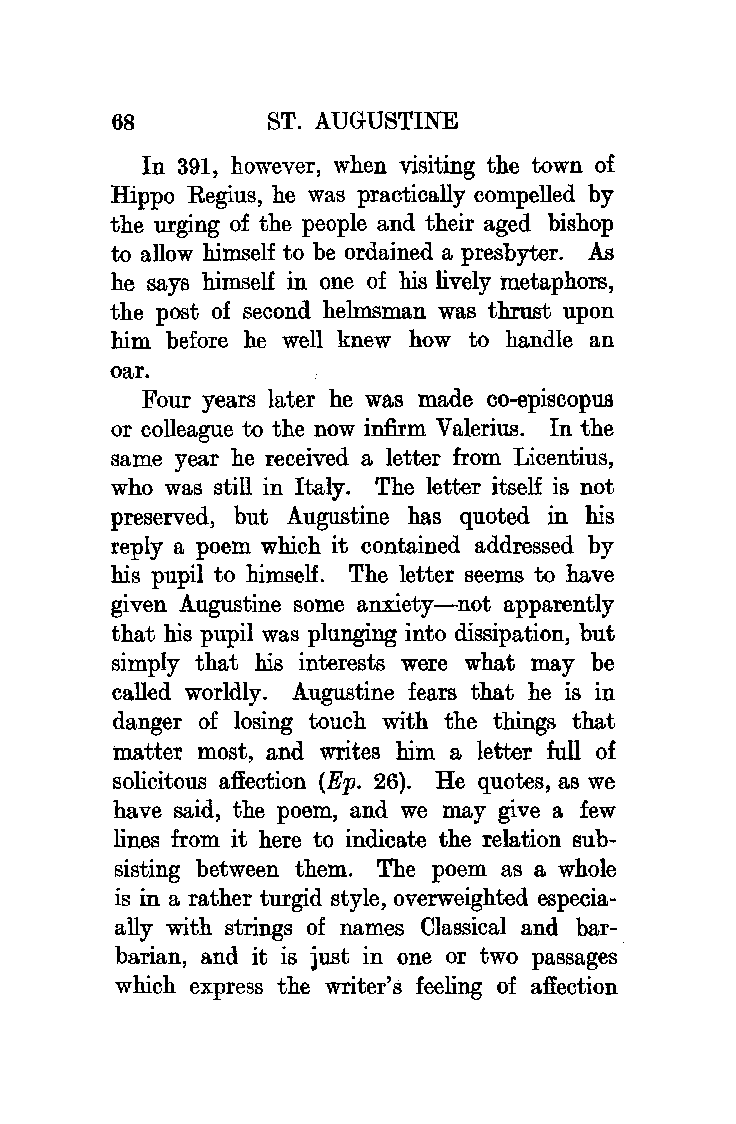
68        ST. AUGUSTINE
 In 391, however, when visiting the town of
 Hippo Regius, he was practically compelled by
 the urging of the people and their aged bishop
 to allow himself to be ordained a presbyter. As
 he says himself in one of his lively metaphors,
 the post of second helmsman was thrust upon
 him before he well knew how to handle an
 oar.
 Four years later he was made co-episcopus
 or colleague to the now infirm Valerius. In the
 same year he received a letter from Licentius,
 who was still in Italy. The letter itself is not
 preserved, but Augustine has quoted in his
 reply a poem which it contained addressed by
 his pupil to himself. The letter seems to have
 given Augustine some anxiety-not apparently
 that his pupil was plunging into dissipation, but
 simply that his interests were what may be
 called worldly. Augustine fears that he is in
 danger of losing touch with the things that
 matter most, and writes him a letter full of
 solicitous affection (Ep. 26). He quotes, as we
 have said, the poem, and we may give a few
 lines from it here to indicate the relation sub
 sisting between them. The poem as a whole
 is in a rather turgid style, overweighted especia
 ally with strings of names C1assical and bar
 barian, and it is just in one or two passages
 which express the writer's feeling of affection